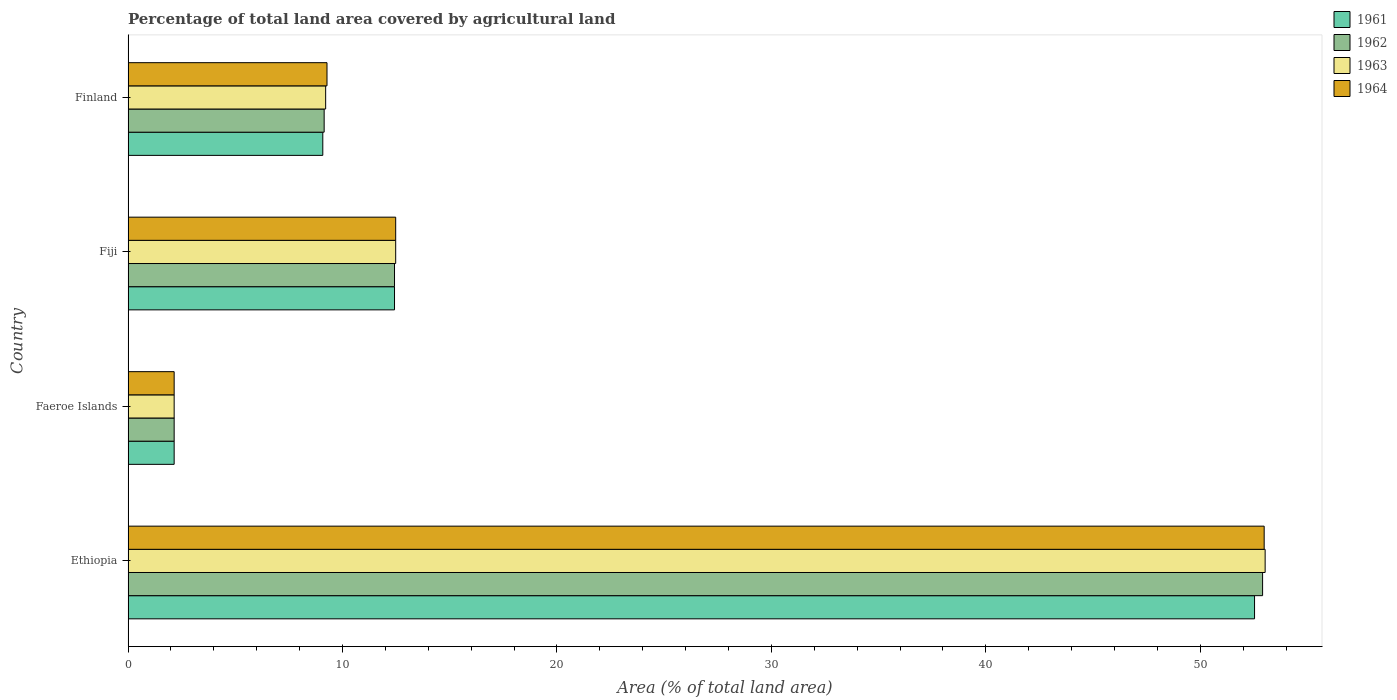
| Country | 1961 | 1962 | 1963 | 1964 |
 | --- | --- | --- | --- | --- |
 | Ethiopia | 52.5 | 52.9 | 53 | 53 |
 | Faeroe Islands | 2.15 | 2.15 | 2.15 | 2.15 |
 | Fiji | 12.4 | 12.4 | 12.5 | 12.5 |
 | Finland | 9.08 | 9.14 | 9.21 | 9.28 |